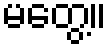
မတွေ့။